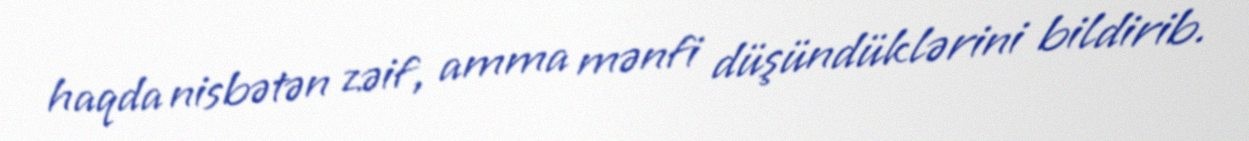
haqda nisbətən zəif, amma mənfi düşündüklərini bildirib.